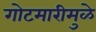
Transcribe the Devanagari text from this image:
गोटमारीमुळे